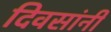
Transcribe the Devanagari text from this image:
दिवसांनीं